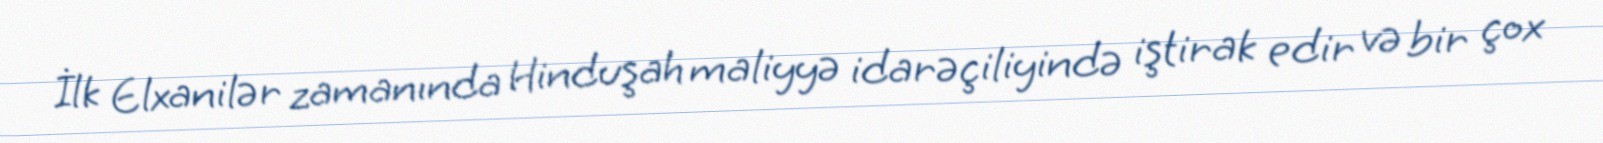
İlk Elxanilər zamanında Hinduşah maliyyə idarəçiliyində iştirak edir və bir çox